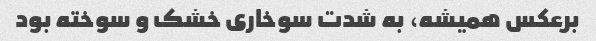
برعکس همیشه، به شدت سوخاری خشک و سوخته بود